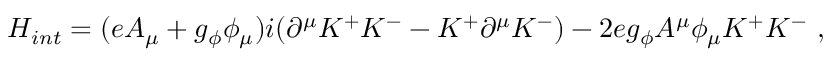
H _ { i n t } = ( e A _ { \mu } + g _ { \phi } \phi _ { \mu } ) i ( \partial ^ { \mu } K ^ { + } K ^ { - } - K ^ { + } \partial ^ { \mu } K ^ { - } ) - 2 e g _ { \phi } A ^ { \mu } \phi _ { \mu } K ^ { + } K ^ { - } \ ,